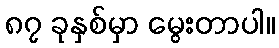
၈၇ ခုနှစ်မှာ မွေးတာပါ။